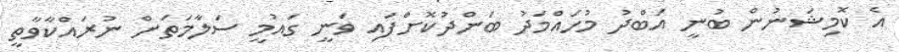
އެ ކޮމިޝަނުން ބުނީ އަބްދު މުހައްމަދު ބަންދުކޮށްފައި ވަނީ ގައުމީ ސަލާމަތަށް ނުރައްކާވާތީ